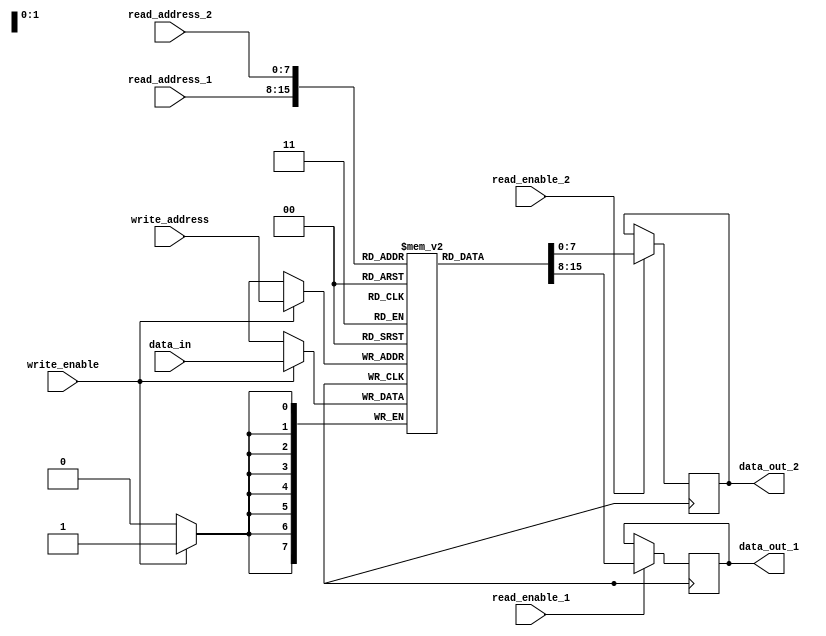
module multi_port_register_file (
    input wire [7:0] read_address_1,
    input wire [7:0] read_address_2,
    input wire [7:0] write_address,
    input wire [7:0] data_in,
    input wire read_enable_1,
    input wire read_enable_2,
    input wire write_enable,
    output reg [7:0] data_out_1,
    output reg [7:0] data_out_2
);

reg [7:0] memory [0:255];

always @ (posedge clk) begin
    if (write_enable) begin
        memory[write_address] <= data_in;
    end

    if (read_enable_1) begin
        data_out_1 <= memory[read_address_1];
    end

    if (read_enable_2) begin
        data_out_2 <= memory[read_address_2];
    end
end

endmodule